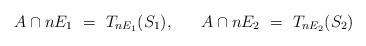
LaTeX: \begin{align*}A\cap nE_1 \ =\ T_{nE_1}(S_1), \ \ \ \ \ A\cap nE_2 \ = \ T_{nE_2}(S_2)\end{align*}